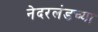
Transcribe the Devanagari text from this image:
नेदरलंडच्या